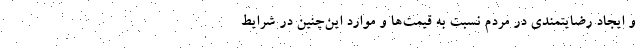
و ایجاد رضایتمندی در مردم نسبت به قیمت‌ها و موارد این‌چنین در شرایط